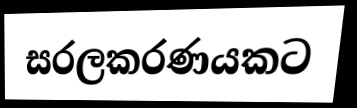
සරලකරණයකට